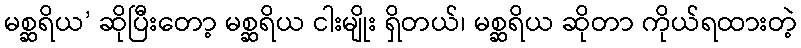
မစ္ဆရိယ’ ဆိုပြီးတော့ မစ္ဆရိယ ငါးမျိုး ရှိတယ်၊ မစ္ဆရိယ ဆိုတာ ကိုယ်ရထားတဲ့